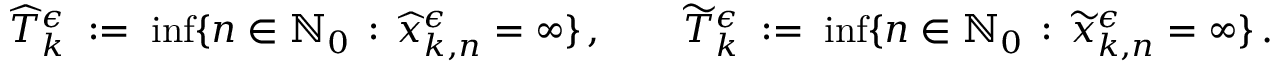
\widehat { T } _ { k } ^ { \epsilon } \; : = \; \operatorname* { i n f } \lbrace n \in \mathbb { N } _ { 0 } \, : \, \widehat { x } _ { k , n } ^ { \epsilon } = \infty \rbrace \, , \qquad \widetilde { T } _ { k } ^ { \epsilon } \; : = \; \operatorname* { i n f } \lbrace n \in \mathbb { N } _ { 0 } \, : \, \widetilde { x } _ { k , n } ^ { \epsilon } = \infty \rbrace \, .